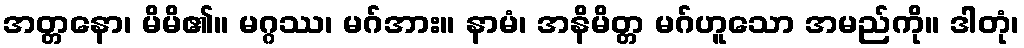
အတ္တနော၊ မိမိ၏။ မဂ္ဂဿ၊ မဂ်အား။ နာမံ၊ အနိမိတ္တ မဂ်ဟူသော အမည်ကို။ ဒါတုံ၊